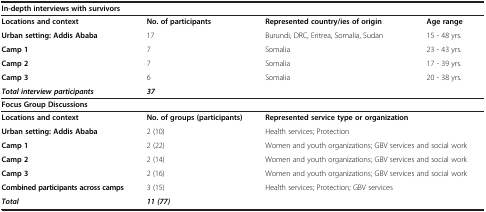
<table><thead><tr><td colspan="4"><b>In-depth interviews with survivors</b></td></tr></thead><tbody><tr><td><b>Locations and context</b></td><td><b>No. of participants</b></td><td><b>Represented country/ies of origin</b></td><td><b>Age range</b></td></tr><tr><td><b>Urban setting: Addis Ababa</b></td><td>17</td><td>Burundi, DRC, Eritrea, Somalia, Sudan</td><td>15 - 48 yrs.</td></tr><tr><td><b>Camp 1</b></td><td>7</td><td>Somalia</td><td>23 - 43 yrs.</td></tr><tr><td><b>Camp 2</b></td><td>7</td><td>Somalia</td><td>17 - 39 yrs.</td></tr><tr><td><b>Camp 3</b></td><td>6</td><td>Somalia</td><td>20 - 38 yrs.</td></tr><tr><td><b><i>Total interview participants</i></b></td><td><b><i>37</i></b></td><td colspan="2"> </td></tr><tr><td><b>Focus Group Discussions</b></td><td> </td><td colspan="2"> </td></tr><tr><td><b>Locations and context</b></td><td><b>No. of groups (participants)</b></td><td colspan="2"><b>Represented service type or organization</b></td></tr><tr><td><b>Urban setting: Addis Ababa</b></td><td>2 (10)</td><td colspan="2">Health services; Protection</td></tr><tr><td><b>Camp 1</b></td><td>2 (22)</td><td colspan="2">Women and youth organizations; GBV services and social work</td></tr><tr><td><b>Camp 2</b></td><td>2 (14)</td><td colspan="2">Women and youth organizations; GBV services and social work</td></tr><tr><td><b>Camp 3</b></td><td>2 (16)</td><td colspan="2">Women and youth organizations; GBV services and social work</td></tr><tr><td><b>Combined participants across camps</b></td><td>3 (15)</td><td colspan="2">Health services; Protection; GBV services</td></tr><tr><td><b><i>Total</i></b></td><td><b><i>11 (77)</i></b></td><td colspan="2"> </td></tr></tbody></table>